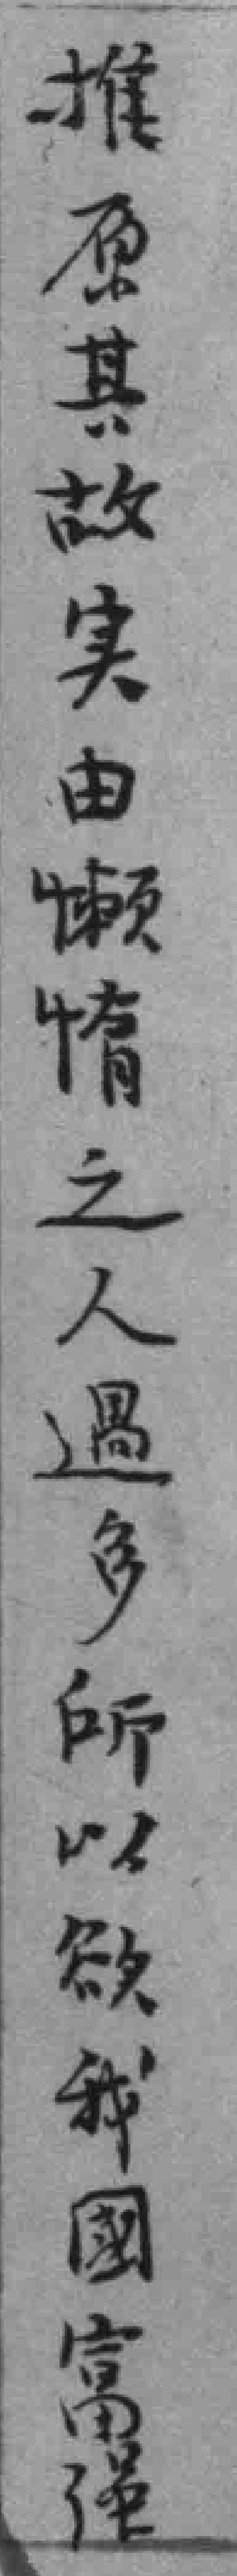
推原其故实由懒情之人遇多所以欲我國富强